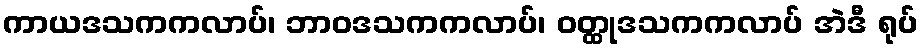
ကာယဒသကကလာပ်၊ ဘာဝဒသကကလာပ်၊ ဝတ္ထုဒသကကလာပ် အဲဒီ ရုပ်